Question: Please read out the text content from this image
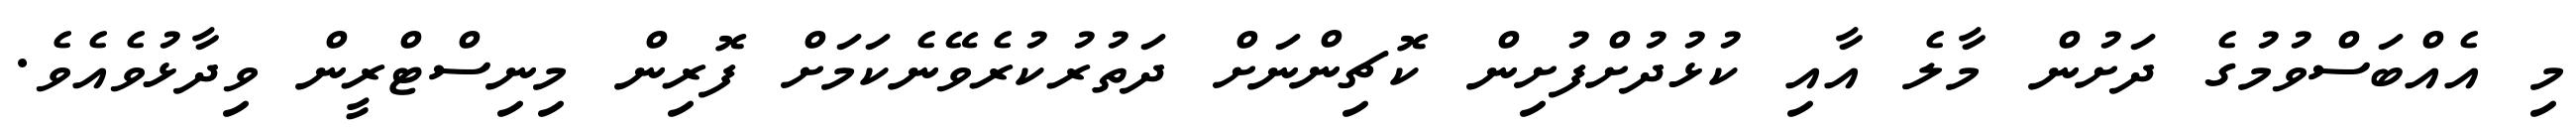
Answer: މި އެއްބަސްވުމުގެ ދަށުން މާލެ އާއި ކުޅުދުށްފުށިން ކޮޗިންނަށް ދަތުރުކުރެވޭނެކަމަށް ފޮރިން މިނިސްޓްރީން ވިދާޅުވެއެވެ.